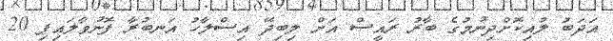
އަދަބު ލުއިކޮށްދިނުމުގެ ބާރު ރައީސް އަށް ލިބިދޭ އިސްލާހު އަނބުރާ ފޮނުވާލައިފި 20